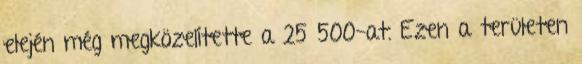
elején még megközelítette a 25 500-at. Ezen a területen